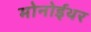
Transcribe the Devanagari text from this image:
मोनोईथर